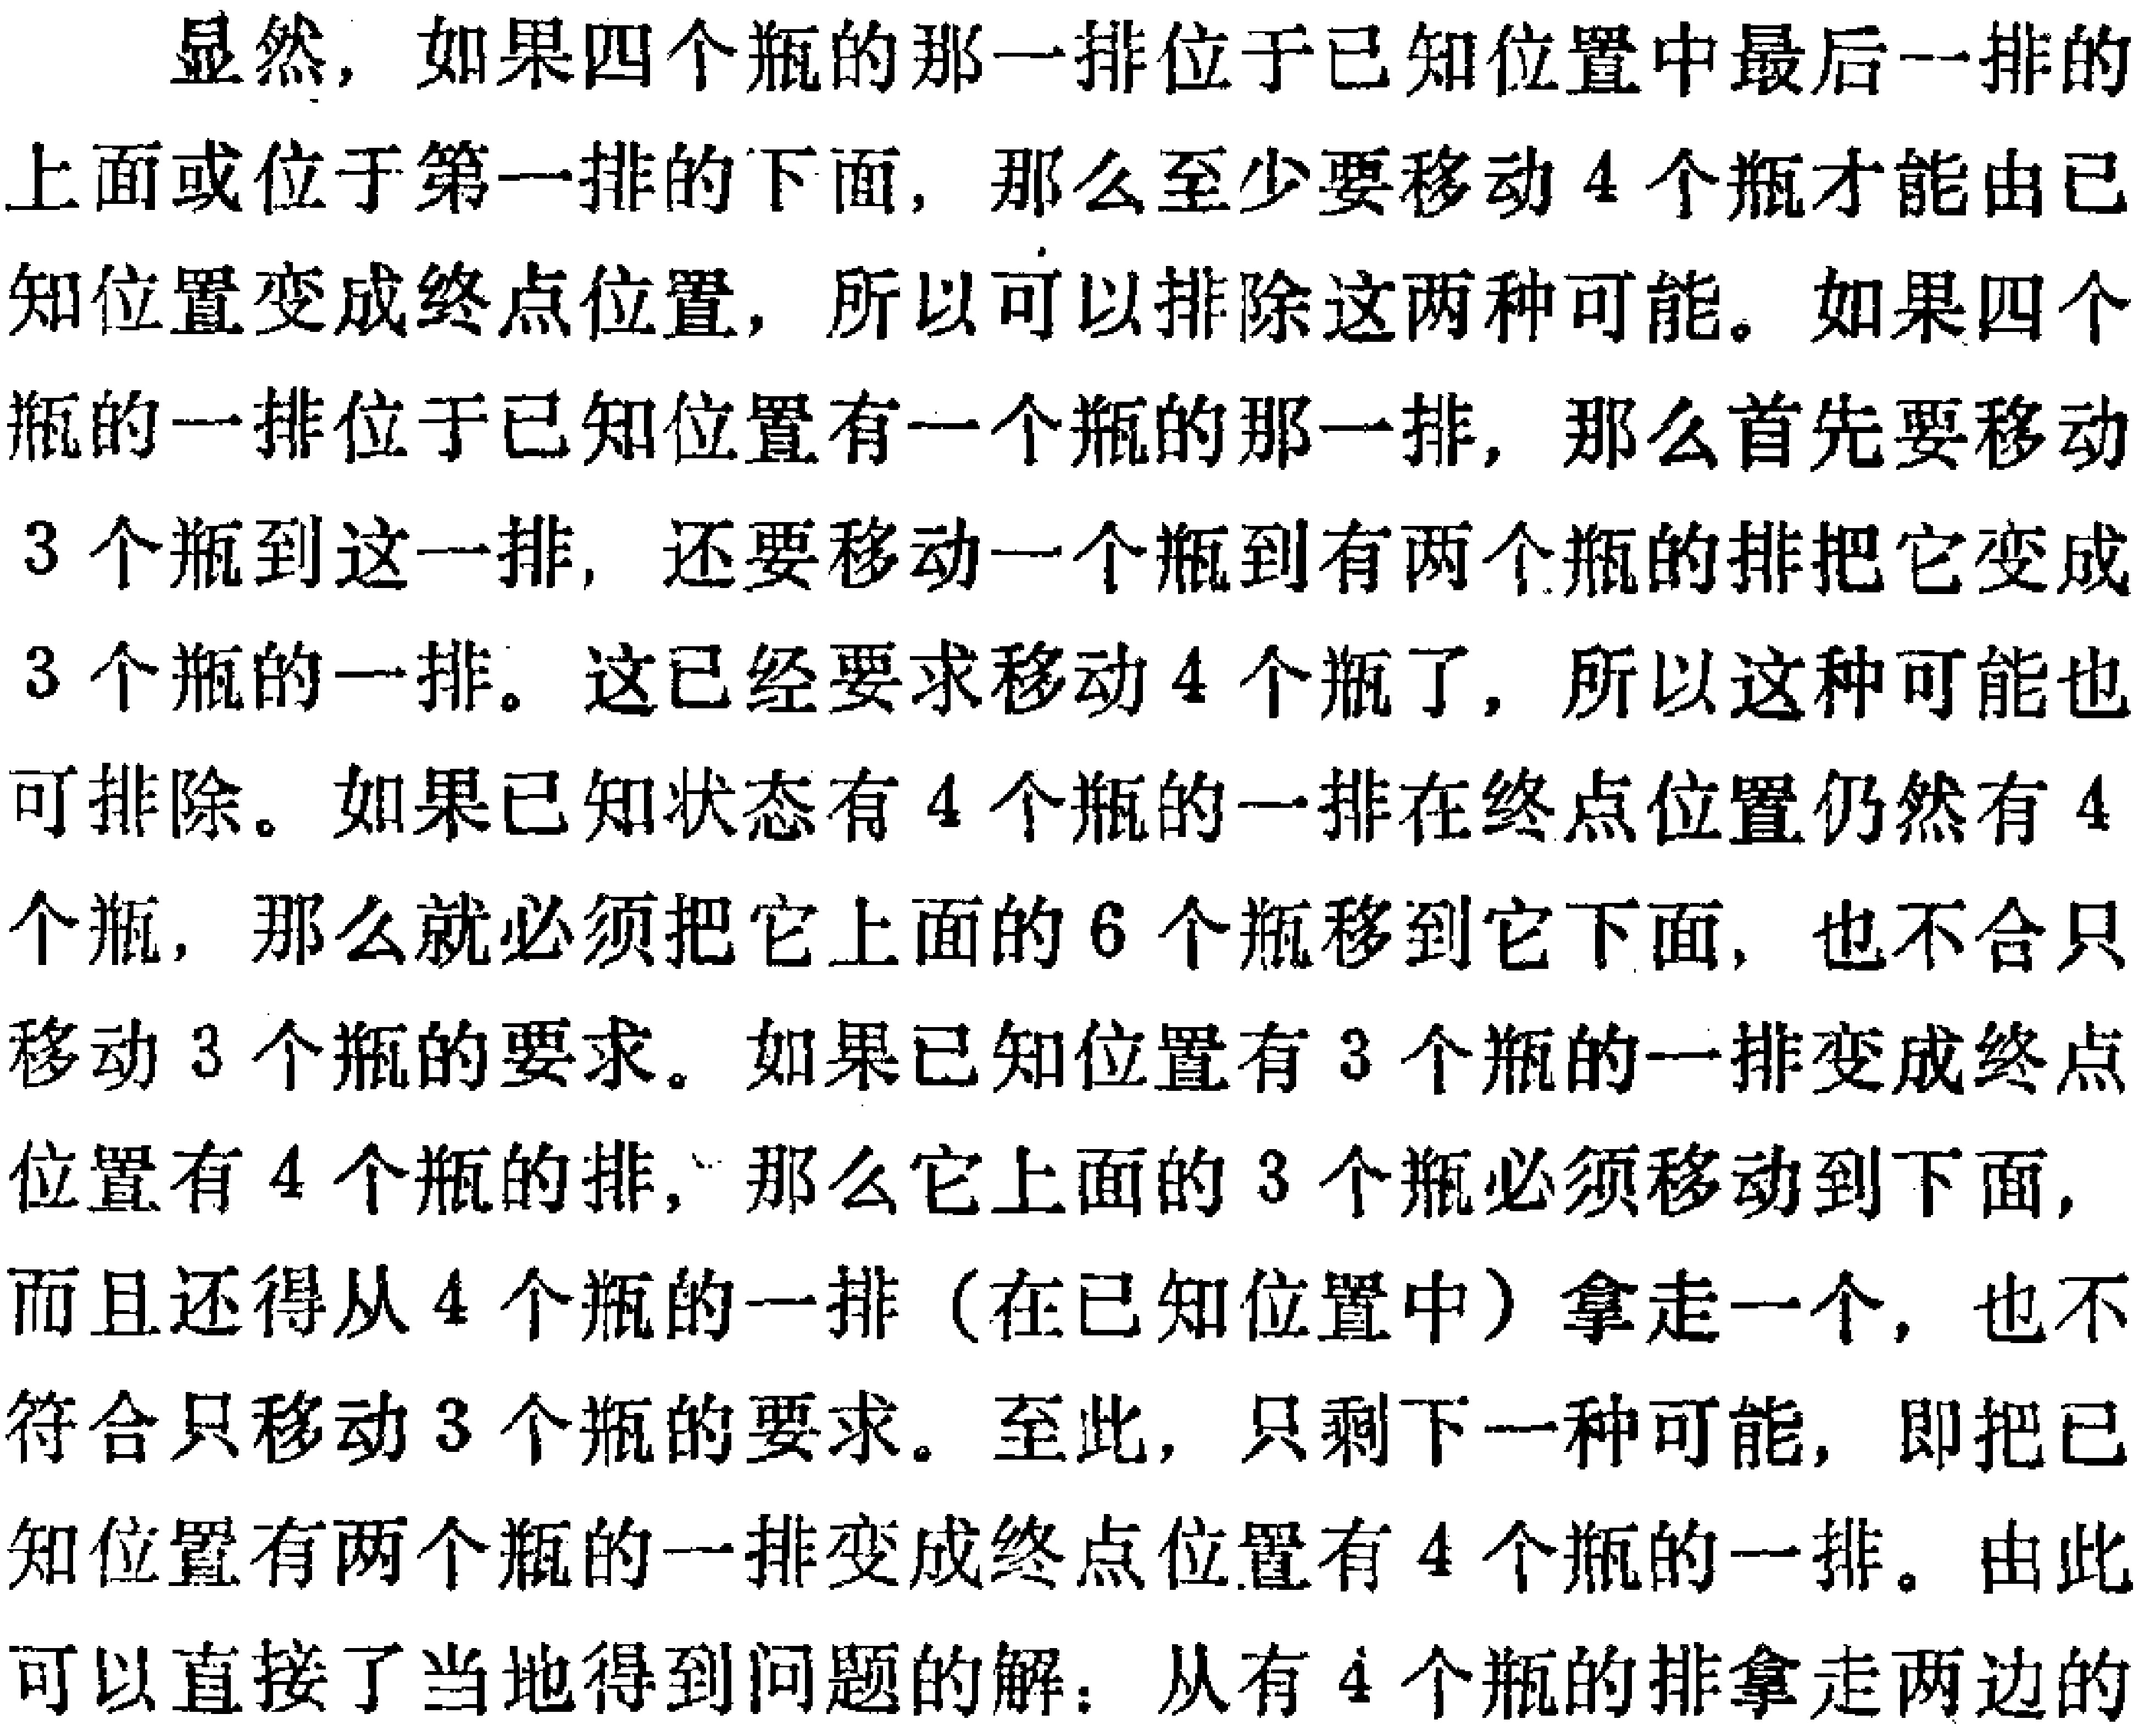
显然，如果四个瓶的那一排位于已知位置中最后一排的上面或位于第一排的下面，那么至少要移动 4 个瓶才能由已知位置变成终点位置，所以可以排除这两种可能。如果四个瓶的一排位于已知位置有一个瓶的那一排，那么首先要移动 3 个瓶到这一排，还要移动一个瓶到有两个瓶的排把它变成 3 个瓶的一排。这已经要求移动 4 个瓶了，所以这种可能也可排除。如果已知状态有 4 个瓶的一排在终点位置仍然有 4 个瓶，那么就必须把它上面的 6 个瓶移到它下面，也不合只移动 3 个瓶的要求。如果已知位置有 3 个瓶的一排变成终点位置有 4 个瓶的排，那么它上面的 3 个瓶必须移动到下面，而且还得从 4 个瓶的一排（在已知位置中）拿走一个，也不符合只移动 3 个瓶的要求。至此，只剩下一种可能，即把已知位置有两个瓶的一排变成终点位置有 4 个瓶的一排。由此可以直接了当地得到问题的解：从有 4 个瓶的排拿走两边的